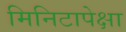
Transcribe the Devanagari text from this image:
मिनिटापेक्षा